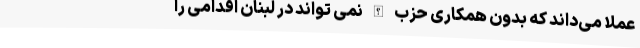
عملا می‌داند که بدون همکاری حزب الله نمی تواند در لبنان اقدامی را